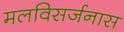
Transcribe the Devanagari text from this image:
मलविसर्जनास